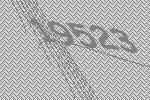
19523